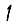
Digit: 1